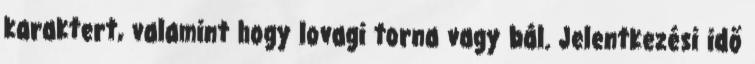
karaktert, valamint hogy lovagi torna vagy bál. Jelentkezési idő